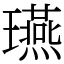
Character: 𤫇